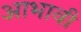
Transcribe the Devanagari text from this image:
आभावी